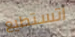
اتستطيع